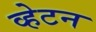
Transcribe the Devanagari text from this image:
व्हेटन